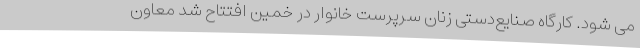
می شود. کارگاه صنایع‌دستی زنان سرپرست خانوار در خمین افتتاح شد معاون